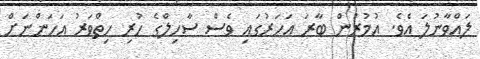
ލައްވާނުލަ އެވެ. އުމުރުން ބާރަ އަހަރުގައި ވެސް ސާހިލްގެ ހުރި ހިތްވަރު އަހަންނަށް